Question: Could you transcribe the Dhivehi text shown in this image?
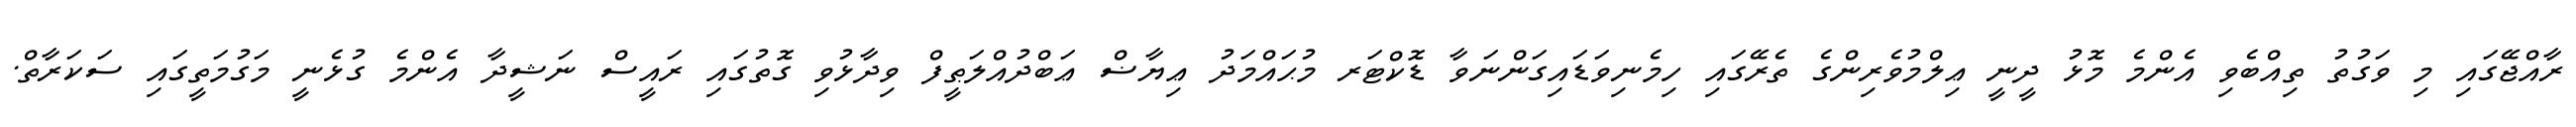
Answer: ރާއްޖޭގައި މި ވަގުތު ތިއްބެވި އެންމެ މޮޅު ދީނީ ޢިލްމުވެރިންގެ ތެރޭގައި ހިމެނިވަޑައިގަންނަވާ ޑޮކްޓަރ މުޙައްމަދު ޢިޔާޟް ޢަބްދުއްލަޠީފް ވިދާޅުވި ގޮތުގައި ރައީސް ނަޝީދާ އެންމެ ގުޅެނީ މަގުމަތީގައި ސަކަރާތް.